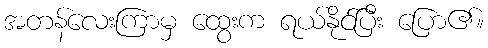
အတန်လေးကြာမှ ထွေးက ရယ်နိုင်ပြီး ပြော၏။